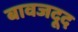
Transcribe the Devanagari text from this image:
बावजदूद